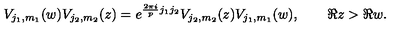
V _ { j _ { 1 } , m _ { 1 } } ( w ) V _ { j _ { 2 } , m _ { 2 } } ( z ) = e ^ { \frac { 2 \pi i } { p } j _ { 1 } j _ { 2 } } V _ { j _ { 2 } , m _ { 2 } } ( z ) V _ { j _ { 1 } , m _ { 1 } } ( w ) , \qquad \Re z > \Re w .